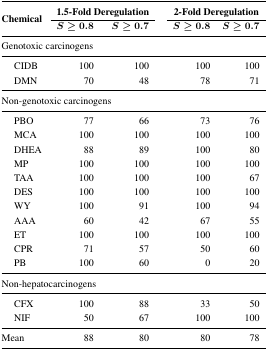
<table><thead><tr><td rowspan="2"><b>Chemical</b></td><td colspan="2"><b>1.5-Fold Deregulation</b></td><td></td><td colspan="2"><b>2-Fold Deregulation</b></td></tr><tr><td><b><i>S̃</i> ≥ 0.8</b></td><td><b><i>S̃</i> ≥ 0.7</b></td><td><b> </b></td><td><b><i>S̃</i> ≥ 0.8</b></td><td><b><i>S̃</i> ≥ 0.7</b></td></tr></thead><tbody><tr><td colspan="6">Genotoxic carcinogens</td></tr><tr><td> CIDB</td><td>100</td><td>100</td><td> </td><td>100</td><td>100</td></tr><tr><td> DMN</td><td>70</td><td>48</td><td> </td><td>78</td><td>71</td></tr><tr><td colspan="6">Non-genotoxic carcinogens</td></tr><tr><td> PBO</td><td>77</td><td>66</td><td> </td><td>73</td><td>76</td></tr><tr><td> MCA</td><td>100</td><td>100</td><td> </td><td>100</td><td>100</td></tr><tr><td> DHEA</td><td>88</td><td>89</td><td> </td><td>100</td><td>80</td></tr><tr><td> MP</td><td>100</td><td>100</td><td> </td><td>100</td><td>100</td></tr><tr><td> TAA</td><td>100</td><td>100</td><td> </td><td>100</td><td>67</td></tr><tr><td> DES</td><td>100</td><td>100</td><td> </td><td>100</td><td>100</td></tr><tr><td> WY</td><td>100</td><td>91</td><td> </td><td>100</td><td>94</td></tr><tr><td> AAA</td><td>60</td><td>42</td><td> </td><td>67</td><td>55</td></tr><tr><td> ET</td><td>100</td><td>100</td><td> </td><td>100</td><td>100</td></tr><tr><td> CPR</td><td>71</td><td>57</td><td> </td><td>50</td><td>60</td></tr><tr><td> PB</td><td>100</td><td>60</td><td> </td><td>0</td><td>20</td></tr><tr><td colspan="6">Non-hepatocarcinogens</td></tr><tr><td> CFX</td><td>100</td><td>88</td><td> </td><td>33</td><td>50</td></tr><tr><td> NIF</td><td>50</td><td>67</td><td> </td><td>100</td><td>100</td></tr><tr><td>Mean</td><td>88</td><td>80</td><td> </td><td>80</td><td>78</td></tr></tbody></table>